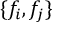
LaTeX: \{ f _ { i } , f _ { j } \}